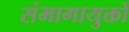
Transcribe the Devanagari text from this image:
संभागायुक्तों